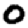
Digit: 0